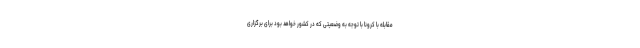
مقابله با کرونا با توجه به وضعیتی که در کشور خواهد بود برای برگزاری